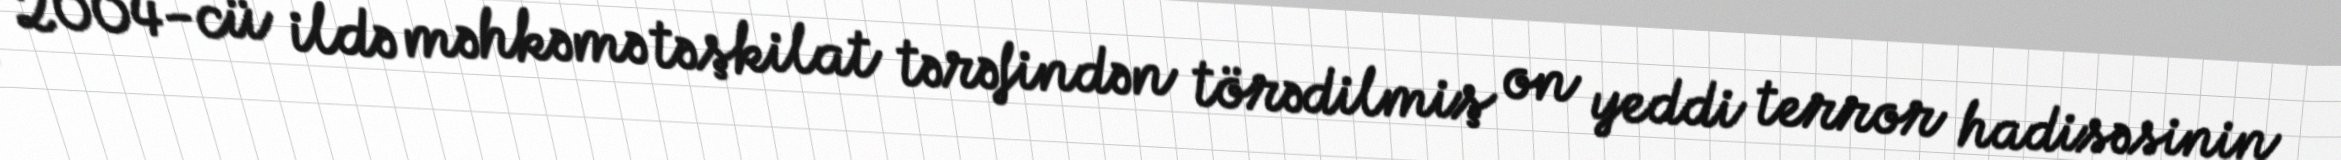
2004-cü ildə məhkəmə təşkilat tərəfindən törədilmiş on yeddi terror hadisəsinin